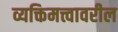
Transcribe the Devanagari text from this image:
व्यक्तिमत्त्वावरील